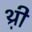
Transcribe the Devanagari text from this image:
थ़्री